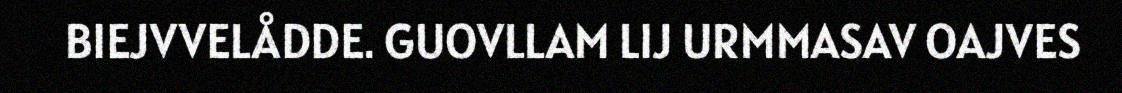
BIEJVVELÅDDE. GUOVLLAM LIJ URMMASAV OAJVES